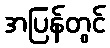
အပြန်တွင်